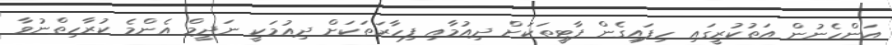
އަންހެނުން އަތުކުރީގައި ހިފައިގެން ޕާޓީތަކަށް ދިއުމާއި ފިހާރަތަކަށް ދިއުމަކީ ނަދީމް އެންމެ ކުރާހިތްނުވާ